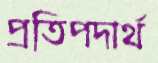
প্রতিপদার্থ